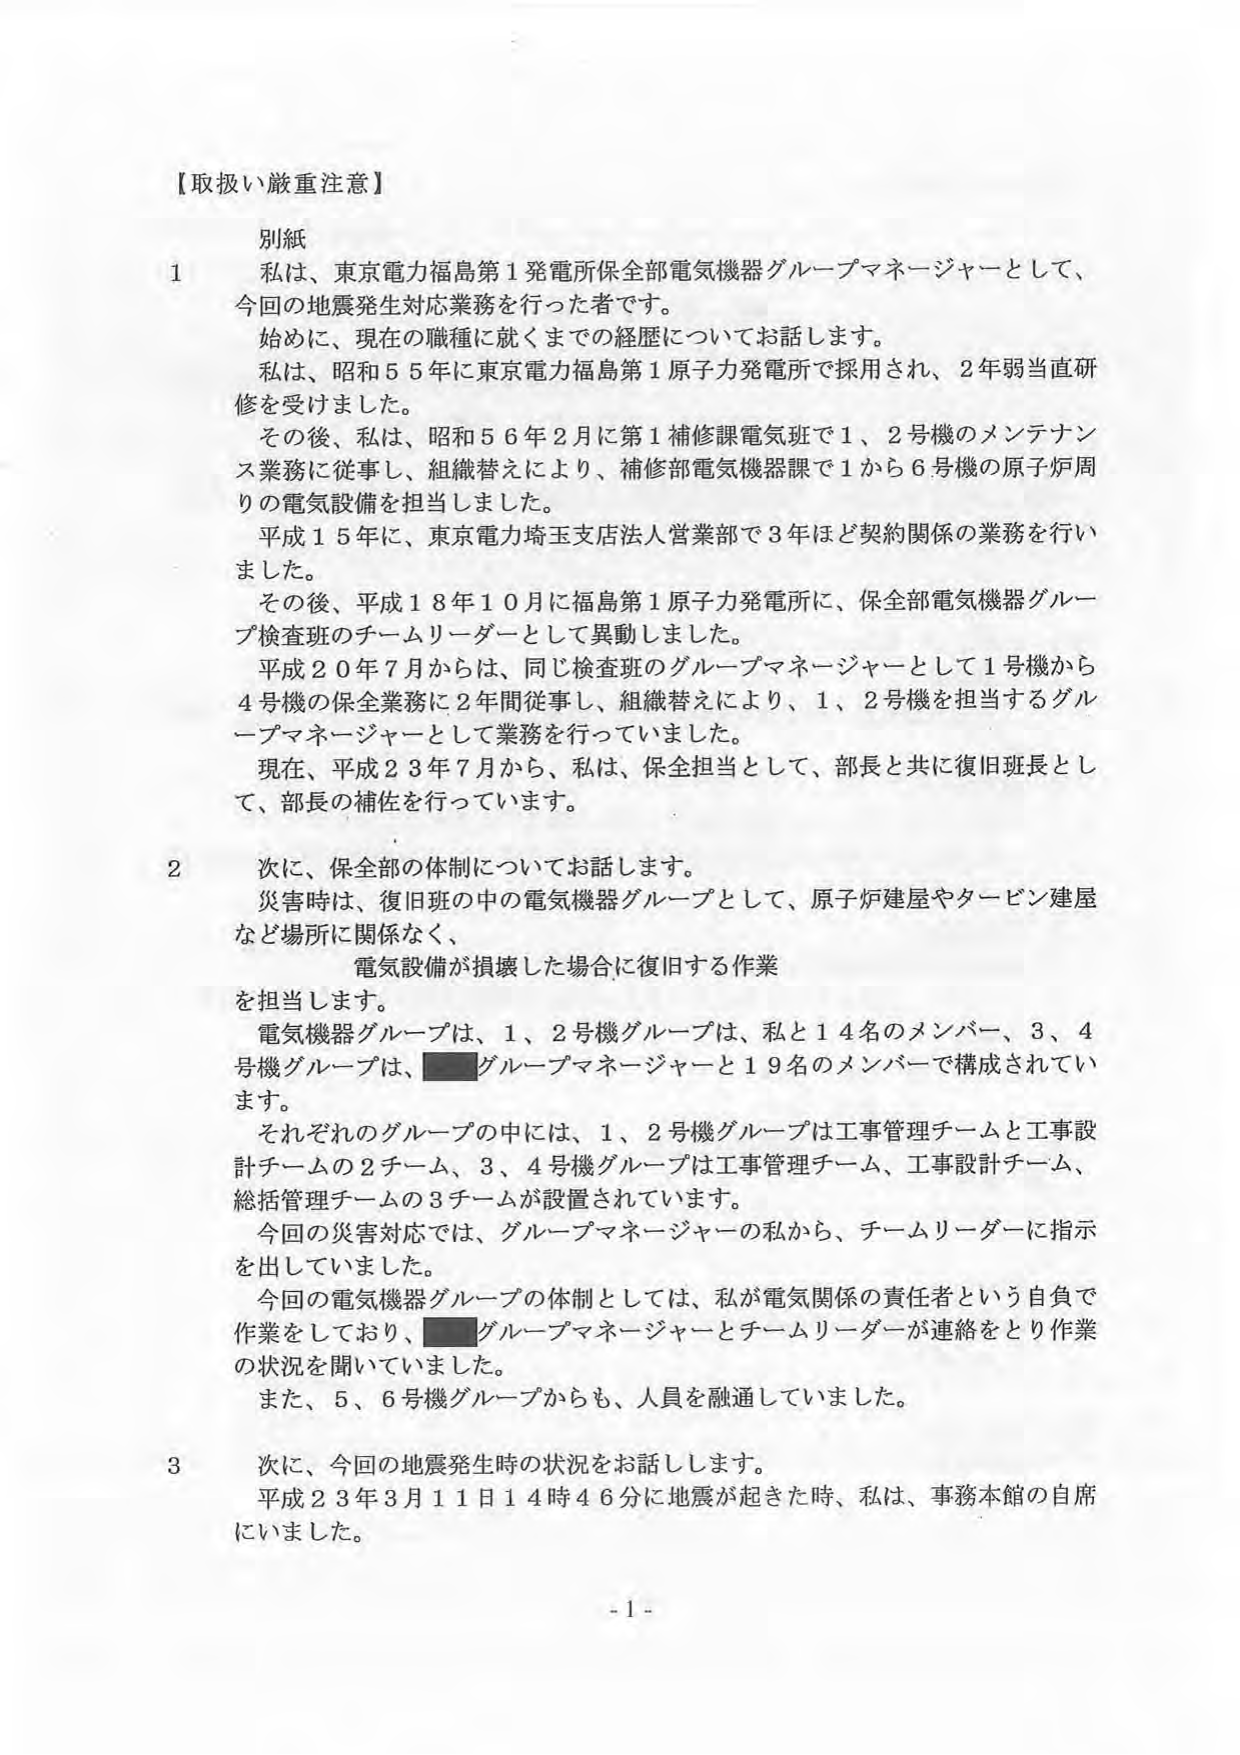
【取扱い厳重注意】

別紙

1 私は、東京電力福島第1発電所保全部電気機器グループマネージャーとして、今回の地震発生対応業務を行った者です。
　始めに、現在の職種に就くまでの経歴についてお話します。
　私は、昭和55年に東京電力福島第1原子力発電所で採用され、2年弱当直研修を受けました。
　その後、私は、昭和56年2月に第1補修課電気班で1、2号機のメンテナンス業務に従事し、組織替えにより、補修部電気機器課で1から6号機の原子炉周りの電気設備を担当しました。
　平成15年に、東京電力埼玉支店法人営業部で3年ほど契約関係の業務を行いました。
　その後、平成18年10月に福島第1原子力発電所に、保全部電気機器グループ検査班のチームリーダーとして異動しました。
　平成20年7月からは、同じ検査班のグループマネージャーとして1号機から4号機の保全業務に2年間従事し、組織替えにより、1、2号機を担当するグループマネージャーとして業務を行っていました。
　現在、平成23年7月から、私は、保全担当として、部長と共に復旧班長として、部長の補佐を行っています。

2 次に、保全部の体制についてお話します。
　災害時は、復旧班の中の電気機器グループとして、原子炉建屋やタービン建屋など場所に関係なく、
　　　　電気設備が損壊した場合に復旧する作業
を担当します。
　電気機器グループは、1、2号機グループは、私と14名のメンバー、3、4号機グループは、■グループマネージャーと19名のメンバーで構成されています。
　それぞれのグループの中には、1、2号機グループは工事管理チームと工事設計チームの2チーム、3、4号機グループは工事管理チーム、工事設計チーム、総括管理チームの3チームが設置されています。
　今回の災害対応では、グループマネージャーの私から、チームリーダーに指示を出していました。
　今回の電気機器グループの体制としては、私が電気関係の責任者という自負で作業をしており、■グループマネージャーとチームリーダーが連絡をとり作業の状況を聞いていました。
　また、5、6号機グループからも、人員を融通していました。

3 次に、今回の地震発生時の状況をお話しします。
　平成23年3月11日14時46分に地震が起きた時、私は、事務本館の自席にいました。

- 1 -